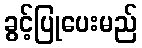
ခွင့်ပြုပေးမည်